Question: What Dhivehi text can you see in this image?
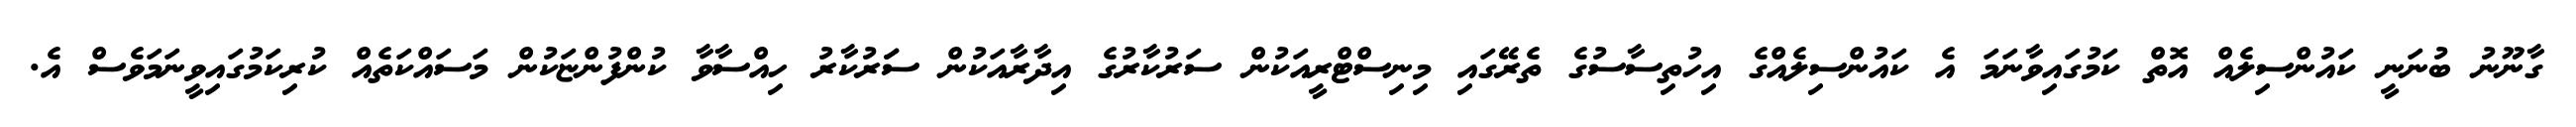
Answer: ގާނޫނު ބުނަނީ ކައުންސިލެއް އޮތް ކަމުގައިވާނަމަ އެ ކައުންސިލެއްގެ އިހުތިސާސުގެ ތެރޭގައި މިނިސްޓްރީއަކުން ސަރުކާރުގެ އިދާރާއަކުން ސަަރުކާރު ހިއްސާވާ ކުންފުންޏަކުން މަސައްކަތެއް ކުރިކަމުގައިވީނަމަވެސް އެ.